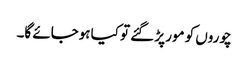
چوروں کو مور پڑ گئے تو کیا ہوجائے گا۔